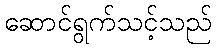
ဆောင်ရွက်သင့်သည်